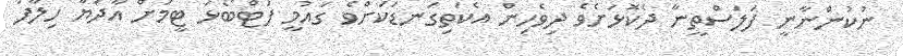
ނުކުންނާނީ ފަލަސްތީނާ ދެކޮޅަށެވެ ދިވެހިން އެކަތިގަނޑަކަށްވެ ގައުމީ ފުޓްބޯޅަ ޓީމަށް އާދަޔާ ހިލާފު